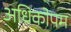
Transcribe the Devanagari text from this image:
अधिकोपम